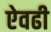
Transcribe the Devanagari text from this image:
ऐवढी